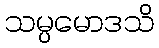
သမ္ပမောဒသိ